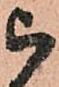
被